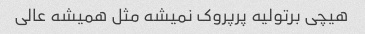
هیچی برتولیه پرپروک نمیشه مثل همیشه عالی